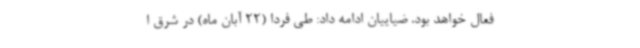
فعال خواهد بود. ضیاییان ادامه داد: طی فردا (22 آبان ماه) در شرق ا